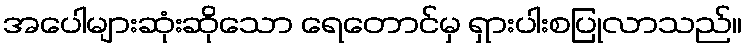
အပေါများဆုံးဆိုသော ရေတောင်မှ ရှားပါးစပြုလာသည်။